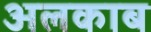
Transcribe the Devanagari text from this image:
अलकाब